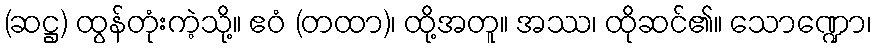
(ဆဋ္ဌ) ထွန်တုံးကဲ့သို့။ ဧဝံ (တထာ)၊ ထို့အတူ။ အဿ၊ ထိုဆင်၏။ သောဏ္ဍော၊